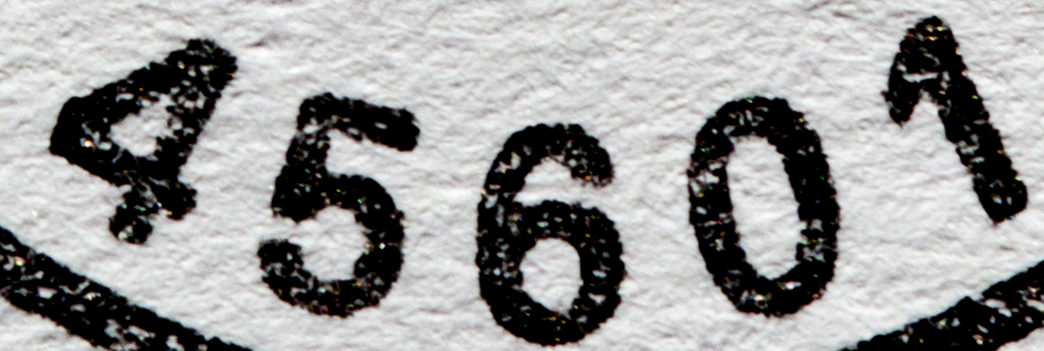
45601